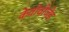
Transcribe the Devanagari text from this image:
केवीवीजेड